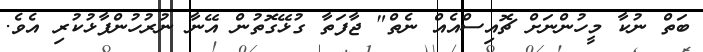
ބަތް ނުކާ މީހުންނަށް ޗޮއިސްއެއް ނެތް" ޖާފަތާ ގުޅޭގޮތުން އޭނާ ނުރުހުންފާޅުކުރި އެވެ.